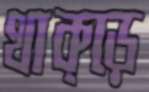
থাক্‌ড়ে